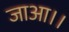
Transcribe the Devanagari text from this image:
जाआ।।